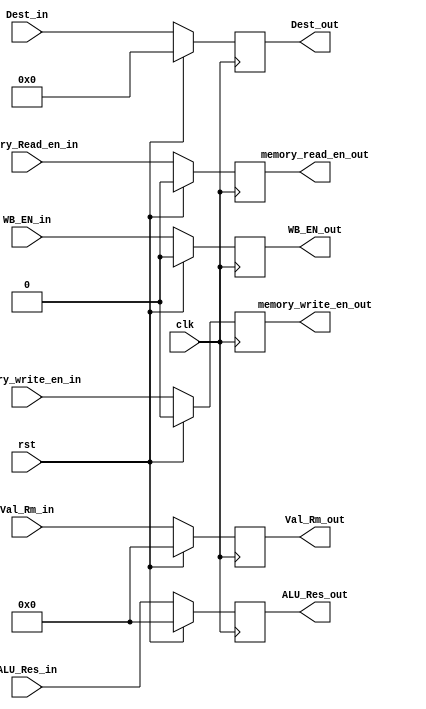
module EXE_reg(input clk, rst, WB_EN_in, memory_Read_en_in, memory_write_en_in,input [31 : 0] ALU_Res_in, Val_Rm_in,input [3:0] Dest_in,output reg WB_EN_out, memory_read_en_out, memory_write_en_out,output reg [31 : 0] ALU_Res_out, Val_Rm_out,output reg [3:0] Dest_out);
	always @(posedge clk) begin
		if(rst) begin WB_EN_out <= 0;memory_read_en_out <= 0;memory_write_en_out <= 0;ALU_Res_out <= 0;Val_Rm_out <= 0;Dest_out <= 0;end 
		else begin WB_EN_out <= WB_EN_in; memory_read_en_out <= memory_Read_en_in; memory_write_en_out <= memory_write_en_in; ALU_Res_out <= ALU_Res_in; Val_Rm_out <= Val_Rm_in; Dest_out <= Dest_in; end
	end
endmodule